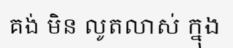
គង់ មិន លូតលាស់ ក្នុង